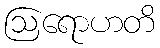
ဩရောဟတိ